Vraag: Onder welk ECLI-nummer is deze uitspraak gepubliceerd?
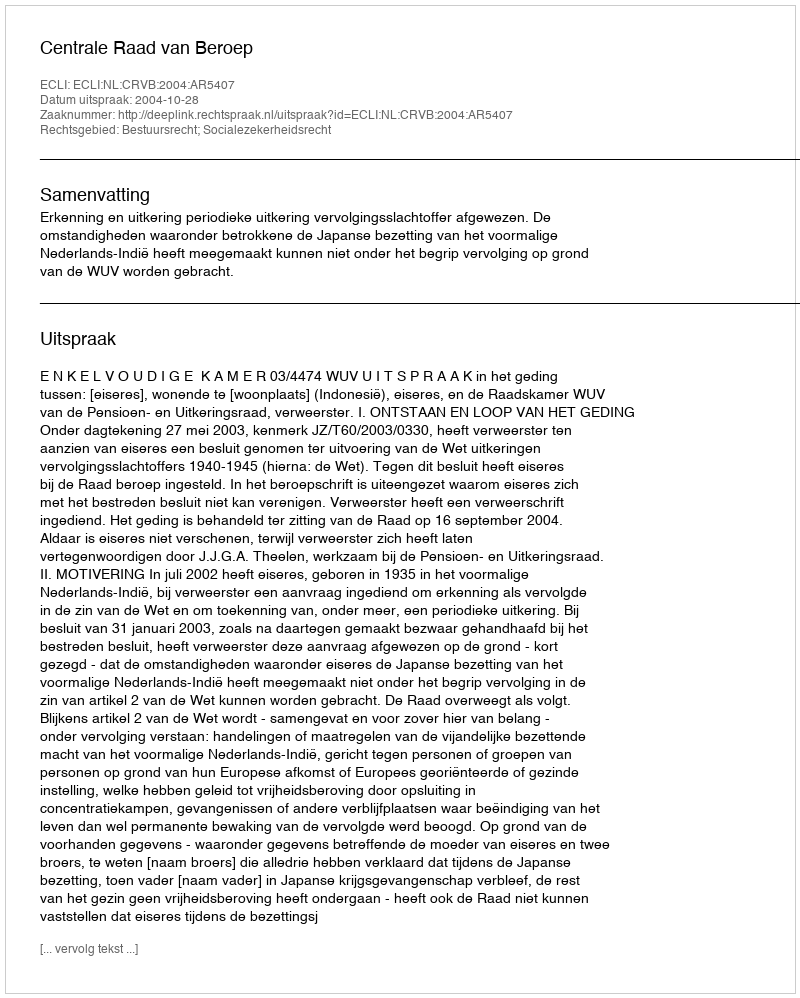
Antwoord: ECLI:NL:CRVB:2004:AR5407